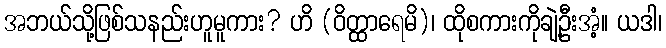
အဘယ်သို့ဖြစ်သနည်းဟူမူကား? ဟိ (ဝိတ္ထာရေမိ)၊ ထိုစကားကိုချဲ့ဦးအံ့။ ယဒါ၊